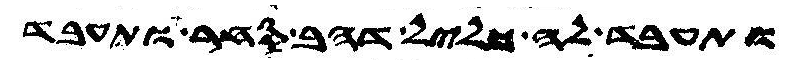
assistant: ותעבד לה כליל דהב סחר ותעבד